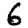
Digit: 6